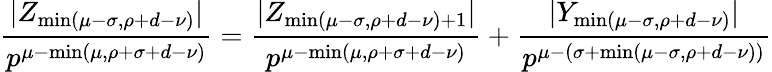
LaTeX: \frac{|Z_{\operatorname*{min}(\mu-\sigma,\rho+d-\nu)}|}{p^{\mu-\operatorname*{min}(\mu,\rho+\sigma+d-\nu)}}=\frac{|Z_{\operatorname*{min}(\mu-\sigma,\rho+d-\nu)+1}|}{p^{\mu-\operatorname*{min}(\mu,\rho+\sigma+d-\nu)}}+\frac{|Y_{\operatorname*{min}(\mu-\sigma,\rho+d-\nu)}|}{p^{\mu-(\sigma+\operatorname*{min}(\mu-\sigma,\rho+d-\nu))}}